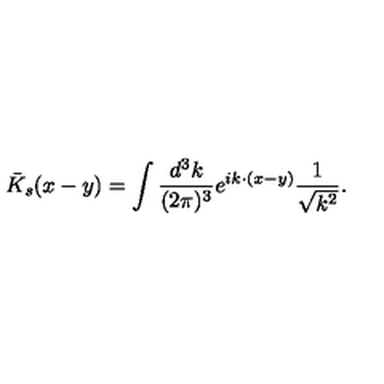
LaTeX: { \bar { K } } _ { s } ( x - y ) = \int \frac { d ^ { 3 } k } { ( 2 \pi ) ^ { 3 } } e ^ { i k \cdot ( x - y ) } \frac { 1 } { \sqrt { k ^ { 2 } } } .